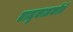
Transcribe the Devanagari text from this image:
तालुकाअकोले